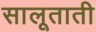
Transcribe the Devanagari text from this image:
सालूताती